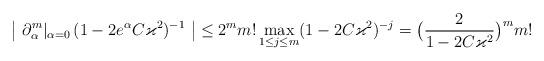
LaTeX: \begin{align*}\big| \ \partial^m_\alpha|_{\alpha=0} \,(1-2e^\alpha C\varkappa^2)^{-1}\ \big| \le 2^m m!\max_{1\le j\le m} (1-2C\varkappa^2)^{-j} = \big(\frac{2}{1-2C\varkappa^2}\big)^m m!\end{align*}